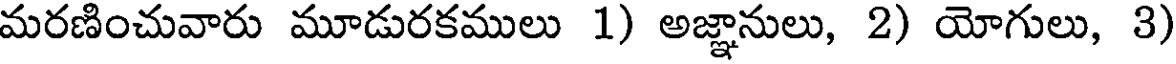
మరణించువారు మూడురకములు 1) అజ్ఞానులు, 2) యోగులు, 3)